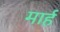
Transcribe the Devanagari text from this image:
मार्ह